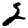
Digit: 2